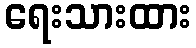
ရေးသားထား